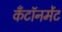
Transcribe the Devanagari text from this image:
कँटॉनमेंट